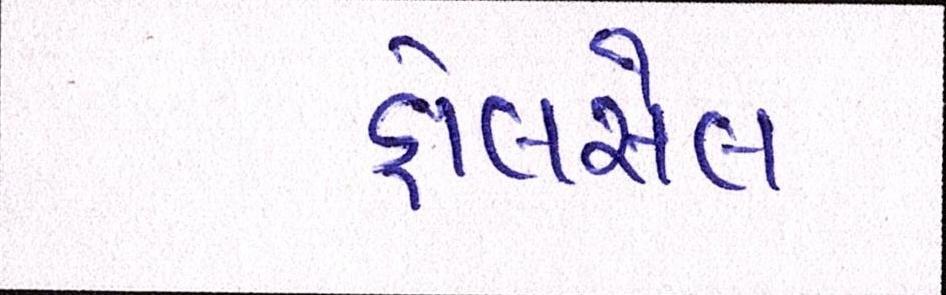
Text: હોલસેલ